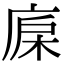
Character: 𣒷